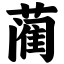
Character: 蔺